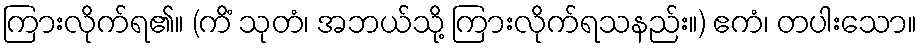
ကြားလိုက်ရ၏။ (ကိံ သုတံ၊ အဘယ်သို့ ကြားလိုက်ရသနည်း။) ဧကံ၊ တပါးသော။